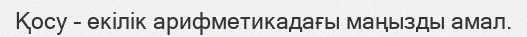
Қосу – екiлiк арифметикадағы маңызды амал.